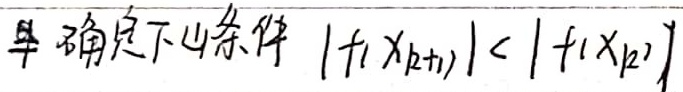
1. 确定下山条件\(|f(x_{k + 1})| < |f(x_{k})|\)